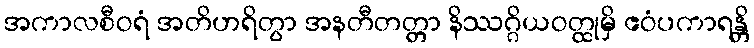
အကာလစီဝရံ အတိဟရိတွာ အနတီတတ္တာ နိဿဂ္ဂိယဝတ္ထုမှိ ဧဝံပကာရန္တိ